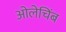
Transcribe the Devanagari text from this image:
ओलेचिंब